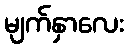
မျက်နှာလေး